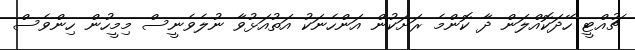
ޗުއްޓީ ހޭދަކޮއްލަން ދާ ކޮންމެ ރަށަކުން އަންހެނަކު އަތުއަޅުވާ ނުލެވެނީސް މިމީހުން ހިންވެސް